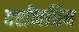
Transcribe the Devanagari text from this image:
दर्शनप्रिय